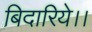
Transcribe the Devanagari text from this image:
बिदारिये।।